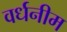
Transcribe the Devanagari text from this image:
वर्धनीम